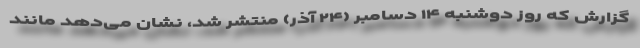
گزارش که روز دوشنبه ۱۴ دسامبر (۲۴ آذر) منتشر شد، نشان می‌دهد مانند